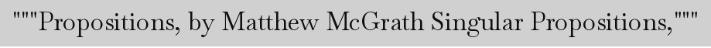
"""Propositions, by Matthew McGrath Singular Propositions,"""